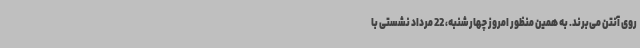
روی آنتن می‌برند. به همین منظور امروز چهارشنبه، 22 مرداد نشستی با